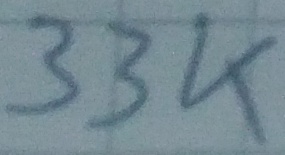
Text: 33K